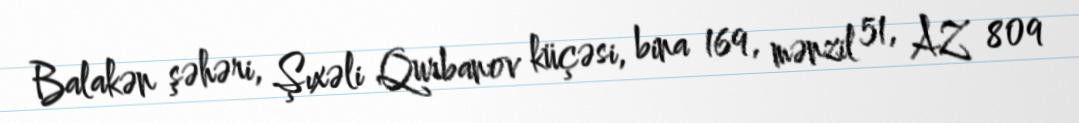
Balakən şəhəri, Şıxəli Qurbanov küçəsi, bina 169, mənzil 51, AZ 809